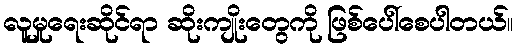
လူမှုရေးဆိုင်ရာ ဆိုးကျိုးတွေကို ဖြစ်ပေါ်စေပါတယ်။